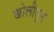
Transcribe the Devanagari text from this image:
खोलीतुन